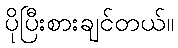
ပိုပြီးစားချင်တယ်။